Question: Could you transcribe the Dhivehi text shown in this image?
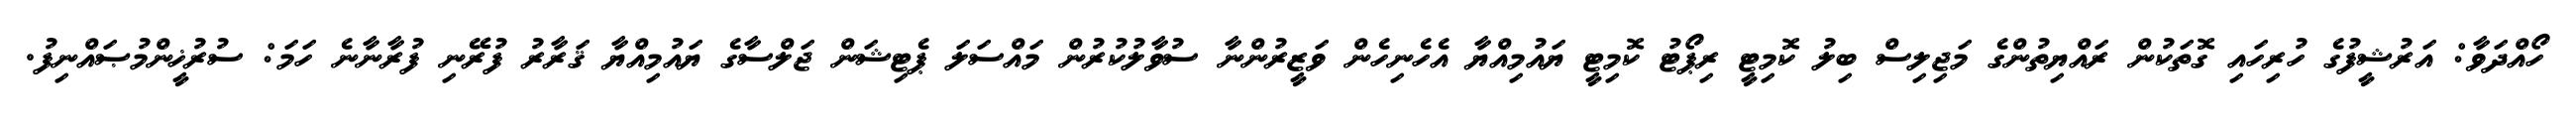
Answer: ހޯއްދަވާ: އަރުޝީފުގެ ހުރިހައި ގޮތަކުން ރައްޔިތުންގެ މަޖިލިސް ބިލު ކޮމިޓީ ރިޕޯޓު ކޮމިޓީ ޔައުމިއްޔާ އެހެނިހެން ވަޒީރުންނާ ސުވާލުކުރުން މައްސަލަ ޕެޓިޝަން ޖަލްސާގެ ޔައުމިއްޔާ ޤަރާރު ފުރޭނި ފުރާނާނެ ހަމަ: ސުރުޚީންމުޞައްނިފު.